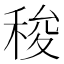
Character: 稄